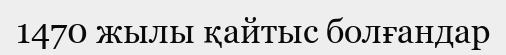
1470 жылы қайтыс болғандар